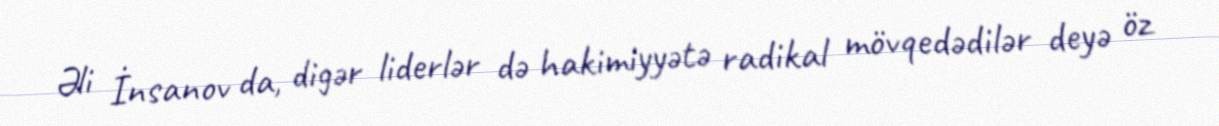
Əli İnsanov da, digər liderlər də hakimiyyətə radikal mövqedədilər deyə öz